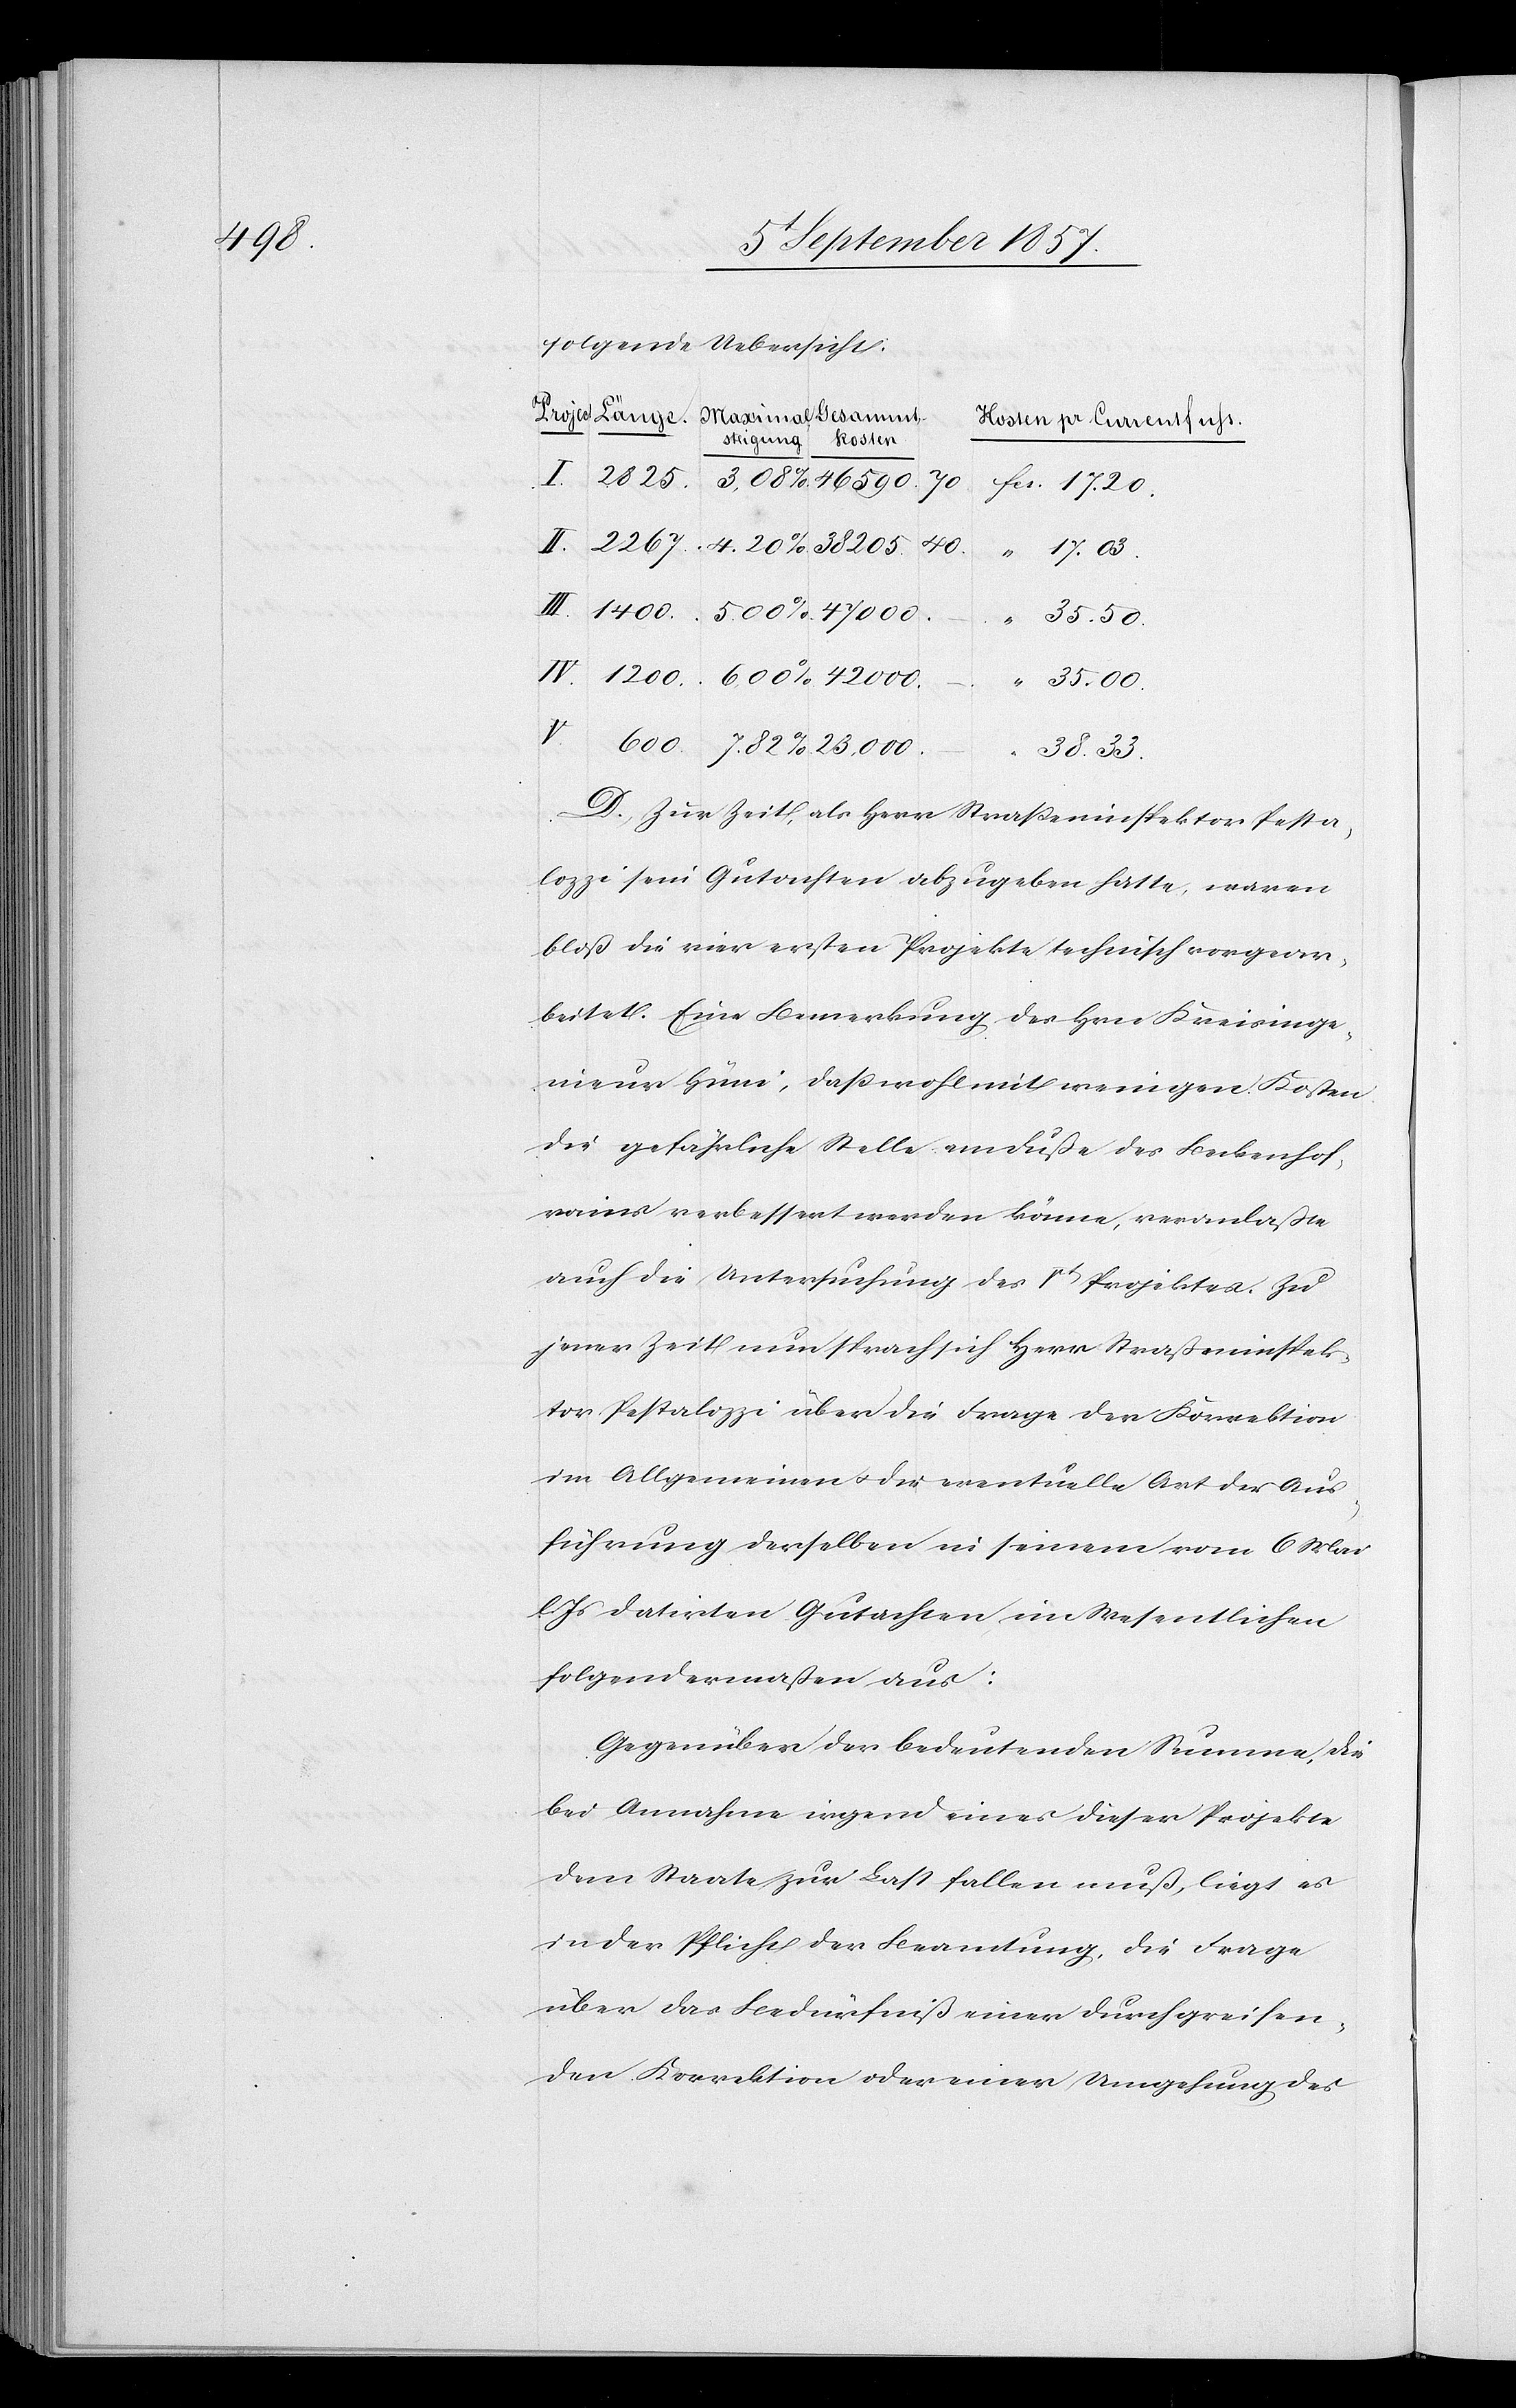
42000

folgende Uebersicht:
Kosten pr. Currentfuss
I.
17.03
35.00
V.
38.33
D. Zur Zeit, als Herr Straßeninspektor Pesta¬
lozzi sein Gutachten abzugeben hatte, waren
bloß die vier ersten Projekte technisch vorgear¬
beitet. Eine Bemerkung des Hrn. Kreisinge¬
nieur Hüni, daß wohl nicht wenigen Kosten
die gefährliche Stelle am Fuße des Beckenhof¬
rains verbessert werden könne, veranlaßte
auch die die Untersuchung des Vt Projektes. Zu
jener Zeit nun sprach sich Herr Straßeninspek¬
tor Pestalozzi über die Frage der Korrektion
im Allgemeinen & die eventuelle Art der Aus¬
führung derselben in seinem vom 6 Mai
l. Js. datirten Gutachten im Wesentlichen
folgendermaßen aus:
Gegenüber der bedeutenden Summe, die
bei Annahme irgend eines dieser Projekte
dem Staate zur Last fallen muß, liegt es
in der Pflicht der Beamtung, die Frage
über das Bedürfniß einer durchgreifen¬
den Korrektion oder einer Umgehung des